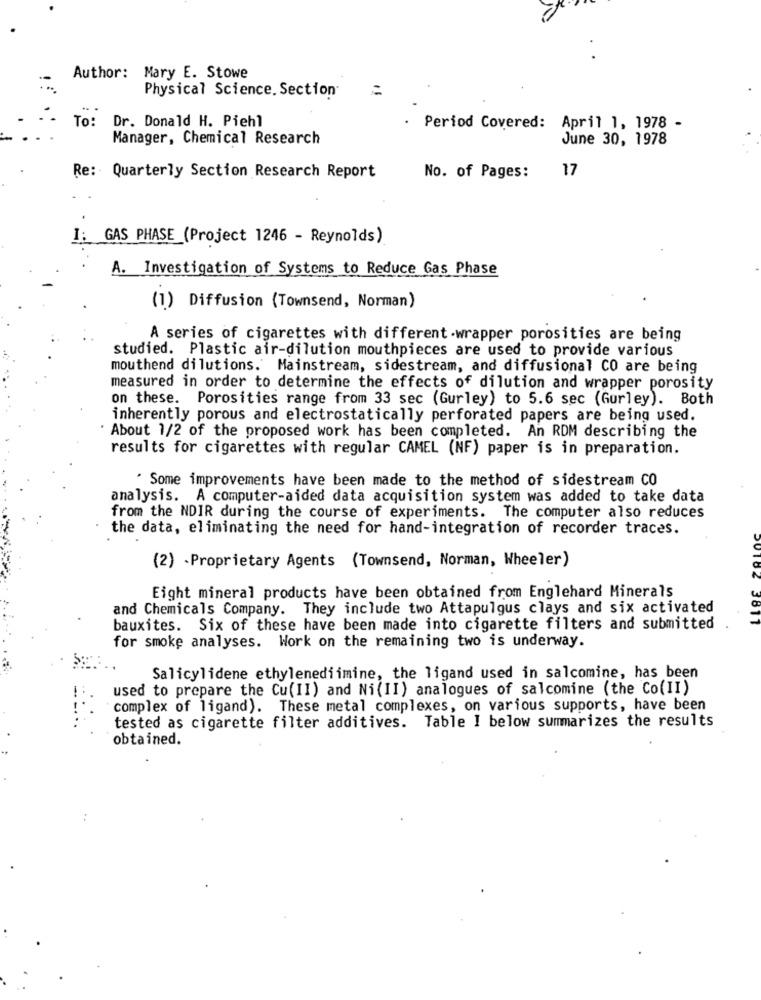
Author: Mary E. Stowe
Physical Science. Section
=
To: Dr. Donald H. Piehl
Period Covered: April 1, 1978 -
Manager, Chemical Research
June 30, 1978
17
Re:Quarterly Section Research Report
No. of Pages:
GAS PHASE (Project 1246 - Reynolds)
A. Investigation of Systems to Reduce Gas Phase
(1) Diffusion (Townsend, Norman)
A series of cigarettes with different .wrapper porosities are being
studied. Plastic air-dilution mouthpieces are used to provide various
mouthend dilutions. Mainstream, sidestream, and diffusional CO are being
measured in order to determine the effects of dilution and wrapper porosity
on these. Porosities range from 33 sec (Gurley) to 5.6 sec (Gurley). Both
inherently porous and electrostatically perforated papers are being used.
About 1/2 of the proposed work has been completed. An RDM describing the
results for cigarettes with regular CAMEL (NF) paper is in preparation.
* Some improvements have been made to the method of sidestream CO
analysis. A computer-aided data acquisition system was added to take data
from the NDIR during the course of experiments. The computer also reduces
the data, eliminating the need for hand-integration of recorder traces.
(2) -Proprietary Agents (Townsend, Norman, Wheeler)
Eight mineral products have been obtained from Englehard Minerals
and Chemicals Company. They include two Attapulgus clays and six activated
bauxites. Six of these have been made into cigarette filters and submitted
for smoke analyses. Work on the remaining two is underway.
Salicylidene ethylenediimine, the ligand used in salcomine, has been
used to prepare the Cu(II) and Ni(II) analogues of salcomine (the Co(II)
complex of ligand). These metal complexes, on various supports, have been
tested as cigarette filter additives. Table I below summarizes the results
obtained.